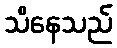
သိနေသည်